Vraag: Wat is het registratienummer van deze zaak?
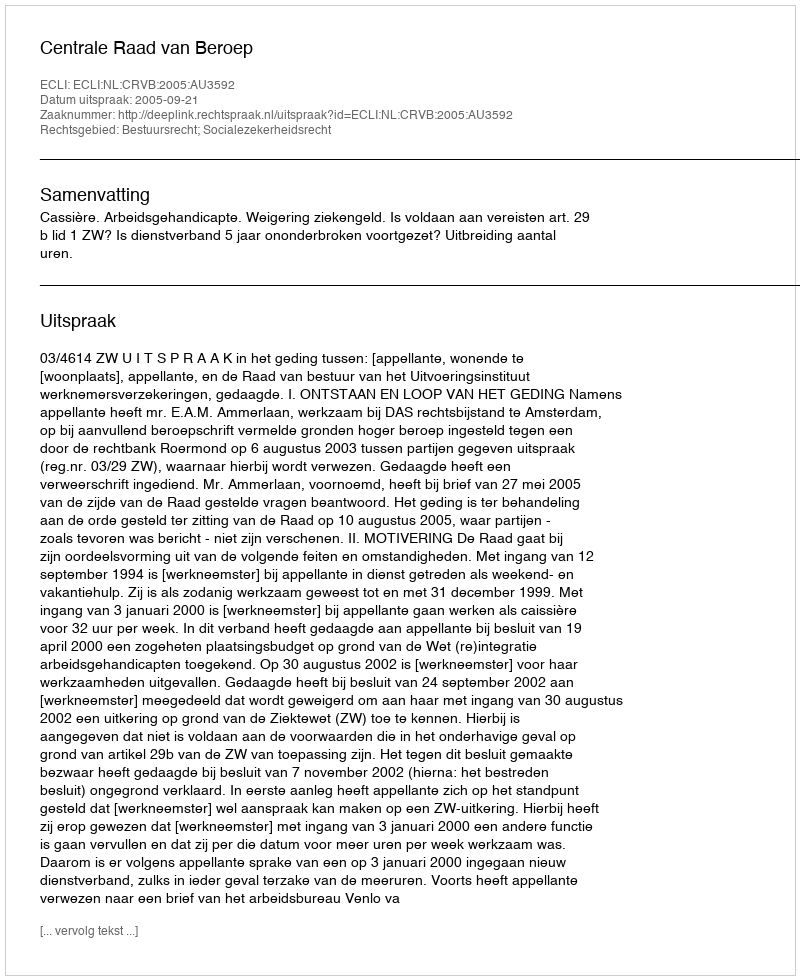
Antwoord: http://deeplink.rechtspraak.nl/uitspraak?id=ECLI:NL:CRVB:2005:AU3592